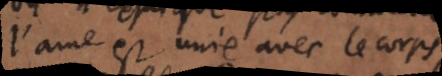
l’ame est unie avec le corps